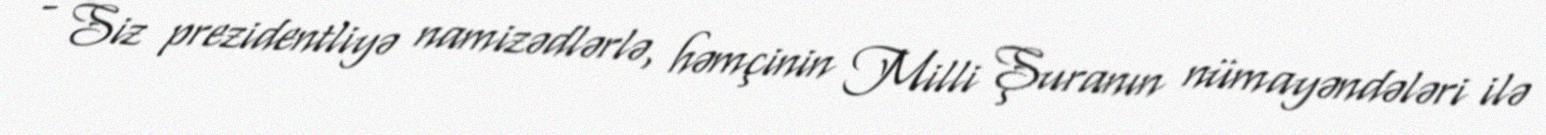
- Siz prezidentliyə namizədlərlə, həmçinin Milli Şuranın nümayəndələri ilə